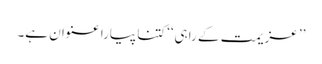
’’ عزیمت کے راہی‘‘ کتنا پیارا عنوان ہے۔